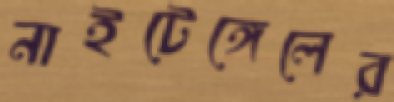
নাইটেঙ্গেলের